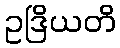
ဥဒြိယတိ